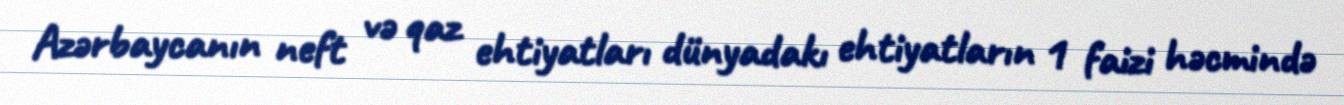
Azərbaycanın neft və qaz ehtiyatları dünyadakı ehtiyatların 1 faizi həcmində